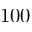
1 0 0